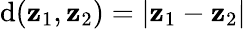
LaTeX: \operatorname{d}(\mathbf{z}_{1},\mathbf{z}_{2})=|\mathbf{z}_{1}-\mathbf{z}_{2}|